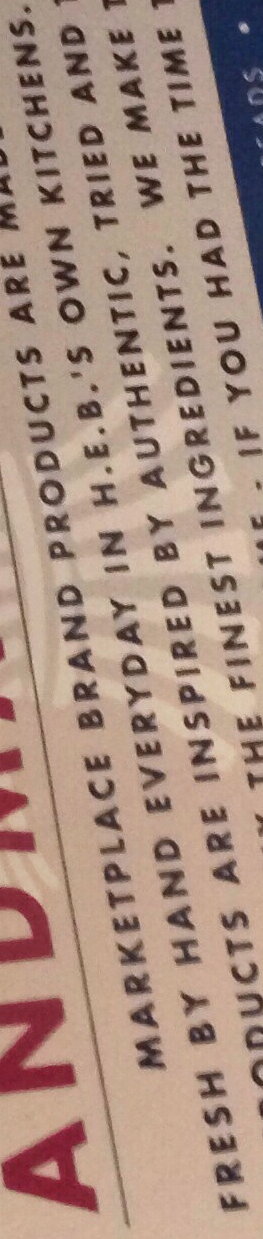
FRESH BY HAND EVERYDAY IN H.E.B.'S OWN KITCHENS.